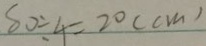
8 0 \div 4 = 2 0 ( c m )